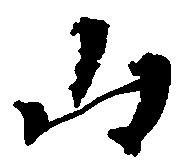
山